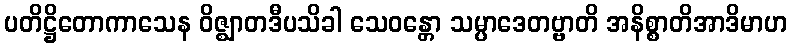
ပတိဋ္ဌိတောကာသေန ဝိဇ္ဈာတဒီပသိခါ သေဝန္တော သမ္ပာဒေတဗ္ဗာတိ အနိစ္စာတိအာဒိမာဟ